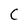
Character: C